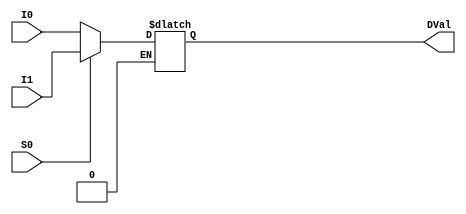
`timescale 1ns / 1ps
//////////////////////////////////////////////////////////////////////////////////
// Company: 
// 
// Design Name: 
// Module Name:    Mux2by1 
// Project Name: 
// Target Devices: 
// Tool versions: 
// Description: 
//
// Dependencies: 
//
// Revision: 
// Revision 0.01 - File Created
// Additional Comments: 
//
//////////////////////////////////////////////////////////////////////////////////
module Mux2by1(I1, I0, S0, DVal);

	input [3:0] I1, I0;
	input S0;
	output reg [3:0] DVal;
	
	always @* begin
		if (S0 == 0)
			DVal <= I0; //display ones digit
		else if (S0 == 1)
			DVal <= I1; //display tens digit
	end

endmodule